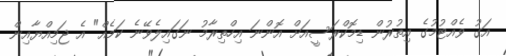
އަގު ވެއްޓުމުގެ އިތުރުން ޑިމޮކްރަސީއަށް އޮންނަ އިހްތިރާމު ނަގައިލެވޭނެ ކަމެއް" އެ ޖަމިއްޔާއިން